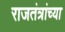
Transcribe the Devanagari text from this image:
राजतंत्रांच्या